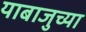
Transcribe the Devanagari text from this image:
याबाजुच्या